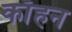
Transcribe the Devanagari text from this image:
काँहन